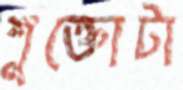
শুক্তোটা